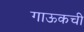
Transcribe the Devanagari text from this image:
गाऊकची